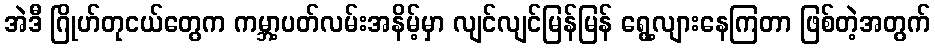
အဲဒီ ဂြိုဟ်တုငယ်တွေက ကမ္ဘာ့ပတ်လမ်းအနိမ့်မှာ လျင်လျင်မြန်မြန် ရွေ့လျားနေကြတာ ဖြစ်တဲ့အတွက်